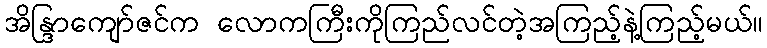
အိန္ဒြာကျော်ဇင်က လောကကြီးကိုကြည်လင်တဲ့အကြည့်နဲ့ကြည့်မယ်။